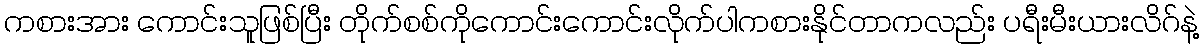
ကစားအား ကောင်းသူဖြစ်ပြီး တိုက်စစ်ကိုကောင်းကောင်းလိုက်ပါကစားနိုင်တာကလည်း ပရီးမီးယားလိဂ်နဲ့